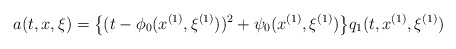
\begin{align*}a(t, x, \xi)=\big\{(t-\phi_0(x^{(1)}, \xi^{(1)}))^2+\psi_0(x^{(1)}, \xi^{(1)})\big\}q_1(t, x^{(1)}, \xi^{(1)})\end{align*}